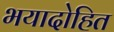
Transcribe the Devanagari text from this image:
भयादोहित